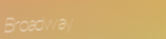
Broadway